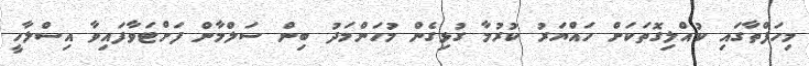
މިހަފްތާގައި ކުއްލިގޮތަކަށް ހައްޔަރު ކުރުމާ ގުޅިގެން މުހަންމަދު ބިން ސަލްމާން ފަށްޓަވާފައިވާ އިސްލާހީ